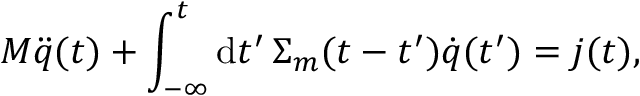
M \ddot { q } ( t ) + \int _ { - \infty } ^ { t } \mathrm { d } t ^ { \prime } \, \Sigma _ { m } ( t - t ^ { \prime } ) \dot { q } ( t ^ { \prime } ) = { j } ( t ) ,